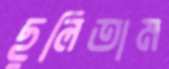
ছুলিতাম